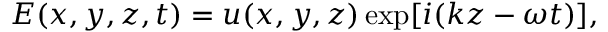
E ( x , y , z , t ) = u ( x , y , z ) \exp [ i ( k z - \omega t ) ] ,